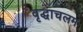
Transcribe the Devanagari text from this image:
वृद्धाचलम